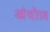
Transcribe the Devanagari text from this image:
अंदोज़